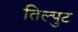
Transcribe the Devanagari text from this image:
तिल्पुट